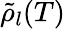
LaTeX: \tilde{\rho}_{l}(T)